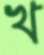
খ